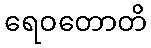
ရေဝတောတိ